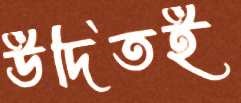
উদিতই